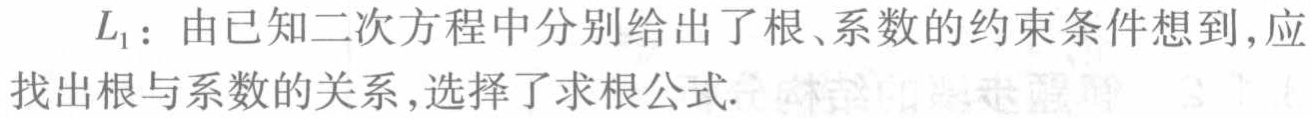
$L_{1}$：由已知二次方程中分别给出了根、系数的约束条件想到，应找出根与系数的关系，选择了求根公式.